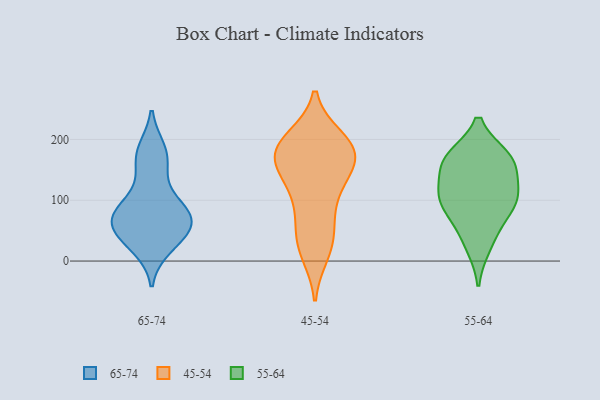
{"axis": {"x": "Inventory Turnover", "y": "Value"}, "legend": ["45-54", "55-64", "65-74"], "data": [{"x": "", "y": 135, "type": "65-74"}, {"x": "", "y": 72, "type": "65-74"}, {"x": "", "y": 23, "type": "65-74"}, {"x": "", "y": 68, "type": "65-74"}, {"x": "", "y": 42, "type": "65-74"}, {"x": "", "y": 58, "type": "65-74"}, {"x": "", "y": 51, "type": "65-74"}, {"x": "", "y": 30, "type": "65-74"}, {"x": "", "y": 176, "type": "65-74"}, {"x": "", "y": 84, "type": "65-74"}, {"x": "", "y": 182, "type": "65-74"}, {"x": "", "y": 69, "type": "65-74"}, {"x": "", "y": 85, "type": "65-74"}, {"x": "", "y": 170, "type": "65-74"}, {"x": "", "y": 89, "type": "65-74"}, {"x": "", "y": 171, "type": "45-54"}, {"x": "", "y": 30, "type": "45-54"}, {"x": "", "y": 85, "type": "45-54"}, {"x": "", "y": 14, "type": "45-54"}, {"x": "", "y": 128, "type": "45-54"}, {"x": "", "y": 178, "type": "45-54"}, {"x": "", "y": 140, "type": "45-54"}, {"x": "", "y": 200, "type": "45-54"}, {"x": "", "y": 122, "type": "45-54"}, {"x": "", "y": 29, "type": "45-54"}, {"x": "", "y": 175, "type": "45-54"}, {"x": "", "y": 197, "type": "45-54"}, {"x": "", "y": 179, "type": "45-54"}, {"x": "", "y": 66, "type": "45-54"}, {"x": "", "y": 171, "type": "45-54"}, {"x": "", "y": 188, "type": "45-54"}, {"x": "", "y": 24, "type": "55-64"}, {"x": "", "y": 171, "type": "55-64"}, {"x": "", "y": 162, "type": "55-64"}, {"x": "", "y": 54, "type": "55-64"}, {"x": "", "y": 101, "type": "55-64"}, {"x": "", "y": 101, "type": "55-64"}, {"x": "", "y": 171, "type": "55-64"}, {"x": "", "y": 165, "type": "55-64"}, {"x": "", "y": 88, "type": "55-64"}, {"x": "", "y": 128, "type": "55-64"}, {"x": "", "y": 106, "type": "55-64"}]}